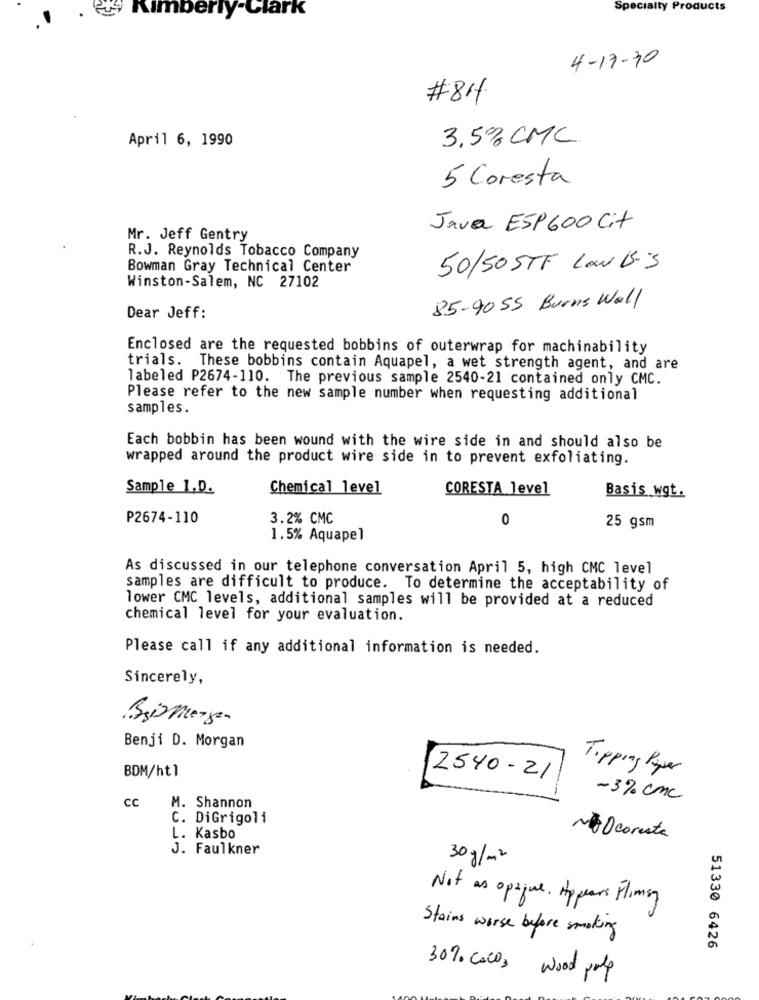
Kimberly-Clark
Specialty Products
4-17-70
#84
April 6, 1990
3,5% CMC
5 Coresta
Java ESP600 Cit
Mr. Jeff Gentry
R.J. Reynolds Tobacco Company
Bowman Gray Technical Center
50/50 STF Law B.S
Winston-Salem, NC 27102
85-9055 Burns Well
Dear Jeff:
Enclosed are the requested bobbins of outerwrap for machinability
trials. These bobbins contain Aquapel, a wet strength agent, and are
labeled P2674-110. The previous sample 2540-21 contained only CMC.
Please refer to the new sample number when requesting additional
samples.
Each bobbin has been wound with the wire side in and should also be
wrapped around the product wire side in to prevent exfoliating.
Sample 1.D.
Chemical level
CORESTA level
Basis_ wgt.
P2674-110
3.2% CMC
0
25 gsm
1.5% Aquapel
As discussed in our telephone conversation April 5, high CMC level
samples are difficult to produce. To determine the acceptability of
lower CMC levels, additional samples will be provided at a reduced
chemical level for your evaluation.
Please call if any additional information is needed.
Sincerely,
Beimengen
Benji D. Morgan
BOM/ht1
Tipping Paper
2540 - 21
CC
-3% cnc
M. Shannon
C. DiGrigoli
L. Kasbo
NÃO coresta
J. Faulkner
30 g/m2
Not as optique. Appears Flimsy
Stains worse before smoking
51330 6426
30% Cowo, wood pulp